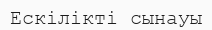
Ескілікті сынауы